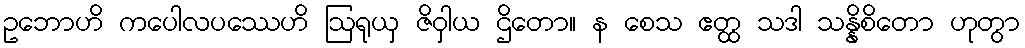
ဥဘောဟိ ကပေါလပဿေဟိ ဩရုယှ ဇိဝှါယ ဌိတော။ န စေသ ဧတ္ထ သဒါ သန္နိစိတော ဟုတွာ